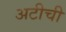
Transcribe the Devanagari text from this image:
अटीची